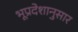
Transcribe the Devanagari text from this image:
भूप्रदेशानुसार